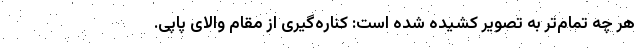
هر چه تمام‌تر به تصویر کشیده شده است: کناره‌گیری از مقام والای پاپی.